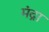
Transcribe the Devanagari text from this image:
मंद्रा